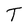
Character: T